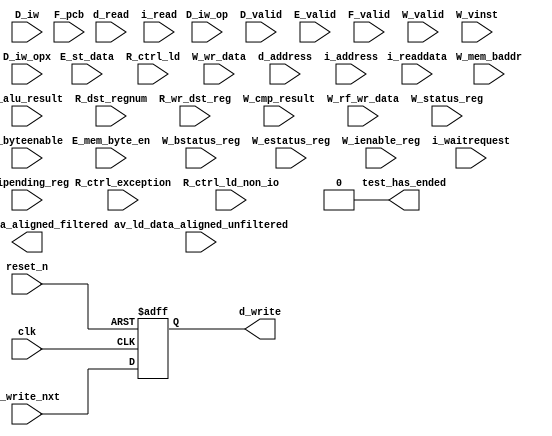
// (C) 2001-2014 Altera Corporation. All rights reserved.
// Your use of Altera Corporation's design tools, logic functions and other 
// software and tools, and its AMPP partner logic functions, and any output 
// files any of the foregoing (including device programming or simulation 
// files), and any associated documentation or information are expressly subject 
// to the terms and conditions of the Altera Program License Subscription 
// Agreement, Altera MegaCore Function License Agreement, or other applicable 
// license agreement, including, without limitation, that your use is for the 
// sole purpose of programming logic devices manufactured by Altera and sold by 
// Altera or its authorized distributors.  Please refer to the applicable 
// agreement for further details.


//Legal Notice: (C)2012 Altera Corporation. All rights reserved.  Your
//use of Altera Corporation's design tools, logic functions and other
//software and tools, and its AMPP partner logic functions, and any
//output files any of the foregoing (including device programming or
//simulation files), and any associated documentation or information are
//expressly subject to the terms and conditions of the Altera Program
//License Subscription Agreement or other applicable license agreement,
//including, without limitation, that your use is for the sole purpose
//of programming logic devices manufactured by Altera and sold by Altera
//or its authorized distributors.  Please refer to the applicable
//agreement for further details.

// synthesis translate_off
`timescale 1ns / 1ps
// synthesis translate_on

// turn off superfluous verilog processor warnings 
// altera message_level Level1 
// altera message_off 10034 10035 10036 10037 10230 10240 10030 

module altera_mem_if_sequencer_cpu_cv_synth_cpu_inst_test_bench (
                                                                  // inputs:
                                                                   D_iw,
                                                                   D_iw_op,
                                                                   D_iw_opx,
                                                                   D_valid,
                                                                   E_alu_result,
                                                                   E_mem_byte_en,
                                                                   E_st_data,
                                                                   E_valid,
                                                                   F_pcb,
                                                                   F_valid,
                                                                   R_ctrl_exception,
                                                                   R_ctrl_ld,
                                                                   R_ctrl_ld_non_io,
                                                                   R_dst_regnum,
                                                                   R_wr_dst_reg,
                                                                   W_bstatus_reg,
                                                                   W_cmp_result,
                                                                   W_estatus_reg,
                                                                   W_ienable_reg,
                                                                   W_ipending_reg,
                                                                   W_mem_baddr,
                                                                   W_rf_wr_data,
                                                                   W_status_reg,
                                                                   W_valid,
                                                                   W_vinst,
                                                                   W_wr_data,
                                                                   av_ld_data_aligned_unfiltered,
                                                                   clk,
                                                                   d_address,
                                                                   d_byteenable,
                                                                   d_read,
                                                                   d_write_nxt,
                                                                   i_address,
                                                                   i_read,
                                                                   i_readdata,
                                                                   i_waitrequest,
                                                                   reset_n,

                                                                  // outputs:
                                                                   av_ld_data_aligned_filtered,
                                                                   d_write,
                                                                   test_has_ended
                                                                )
;

  output  [ 31: 0] av_ld_data_aligned_filtered;
  output           d_write;
  output           test_has_ended;
  input   [ 31: 0] D_iw;
  input   [  5: 0] D_iw_op;
  input   [  5: 0] D_iw_opx;
  input            D_valid;
  input   [ 31: 0] E_alu_result;
  input   [  3: 0] E_mem_byte_en;
  input   [ 31: 0] E_st_data;
  input            E_valid;
  input   [ 16: 0] F_pcb;
  input            F_valid;
  input            R_ctrl_exception;
  input            R_ctrl_ld;
  input            R_ctrl_ld_non_io;
  input   [  4: 0] R_dst_regnum;
  input            R_wr_dst_reg;
  input            W_bstatus_reg;
  input            W_cmp_result;
  input            W_estatus_reg;
  input   [ 31: 0] W_ienable_reg;
  input   [ 31: 0] W_ipending_reg;
  input   [ 19: 0] W_mem_baddr;
  input   [ 31: 0] W_rf_wr_data;
  input            W_status_reg;
  input            W_valid;
  input   [ 55: 0] W_vinst;
  input   [ 31: 0] W_wr_data;
  input   [ 31: 0] av_ld_data_aligned_unfiltered;
  input            clk;
  input   [ 19: 0] d_address;
  input   [  3: 0] d_byteenable;
  input            d_read;
  input            d_write_nxt;
  input   [ 16: 0] i_address;
  input            i_read;
  input   [ 31: 0] i_readdata;
  input            i_waitrequest;
  input            reset_n;

  wire             D_op_add;
  wire             D_op_addi;
  wire             D_op_and;
  wire             D_op_andhi;
  wire             D_op_andi;
  wire             D_op_beq;
  wire             D_op_bge;
  wire             D_op_bgeu;
  wire             D_op_blt;
  wire             D_op_bltu;
  wire             D_op_bne;
  wire             D_op_br;
  wire             D_op_break;
  wire             D_op_bret;
  wire             D_op_call;
  wire             D_op_callr;
  wire             D_op_cmpeq;
  wire             D_op_cmpeqi;
  wire             D_op_cmpge;
  wire             D_op_cmpgei;
  wire             D_op_cmpgeu;
  wire             D_op_cmpgeui;
  wire             D_op_cmplt;
  wire             D_op_cmplti;
  wire             D_op_cmpltu;
  wire             D_op_cmpltui;
  wire             D_op_cmpne;
  wire             D_op_cmpnei;
  wire             D_op_crst;
  wire             D_op_custom;
  wire             D_op_div;
  wire             D_op_divu;
  wire             D_op_eret;
  wire             D_op_flushd;
  wire             D_op_flushda;
  wire             D_op_flushi;
  wire             D_op_flushp;
  wire             D_op_hbreak;
  wire             D_op_initd;
  wire             D_op_initda;
  wire             D_op_initi;
  wire             D_op_intr;
  wire             D_op_jmp;
  wire             D_op_jmpi;
  wire             D_op_ldb;
  wire             D_op_ldbio;
  wire             D_op_ldbu;
  wire             D_op_ldbuio;
  wire             D_op_ldh;
  wire             D_op_ldhio;
  wire             D_op_ldhu;
  wire             D_op_ldhuio;
  wire             D_op_ldl;
  wire             D_op_ldw;
  wire             D_op_ldwio;
  wire             D_op_mul;
  wire             D_op_muli;
  wire             D_op_mulxss;
  wire             D_op_mulxsu;
  wire             D_op_mulxuu;
  wire             D_op_nextpc;
  wire             D_op_nor;
  wire             D_op_opx;
  wire             D_op_or;
  wire             D_op_orhi;
  wire             D_op_ori;
  wire             D_op_rdctl;
  wire             D_op_rdprs;
  wire             D_op_ret;
  wire             D_op_rol;
  wire             D_op_roli;
  wire             D_op_ror;
  wire             D_op_rsv02;
  wire             D_op_rsv09;
  wire             D_op_rsv10;
  wire             D_op_rsv17;
  wire             D_op_rsv18;
  wire             D_op_rsv25;
  wire             D_op_rsv26;
  wire             D_op_rsv33;
  wire             D_op_rsv34;
  wire             D_op_rsv41;
  wire             D_op_rsv42;
  wire             D_op_rsv49;
  wire             D_op_rsv57;
  wire             D_op_rsv61;
  wire             D_op_rsv62;
  wire             D_op_rsv63;
  wire             D_op_rsvx00;
  wire             D_op_rsvx10;
  wire             D_op_rsvx15;
  wire             D_op_rsvx17;
  wire             D_op_rsvx21;
  wire             D_op_rsvx25;
  wire             D_op_rsvx33;
  wire             D_op_rsvx34;
  wire             D_op_rsvx35;
  wire             D_op_rsvx42;
  wire             D_op_rsvx43;
  wire             D_op_rsvx44;
  wire             D_op_rsvx47;
  wire             D_op_rsvx50;
  wire             D_op_rsvx51;
  wire             D_op_rsvx55;
  wire             D_op_rsvx56;
  wire             D_op_rsvx60;
  wire             D_op_rsvx63;
  wire             D_op_sll;
  wire             D_op_slli;
  wire             D_op_sra;
  wire             D_op_srai;
  wire             D_op_srl;
  wire             D_op_srli;
  wire             D_op_stb;
  wire             D_op_stbio;
  wire             D_op_stc;
  wire             D_op_sth;
  wire             D_op_sthio;
  wire             D_op_stw;
  wire             D_op_stwio;
  wire             D_op_sub;
  wire             D_op_sync;
  wire             D_op_trap;
  wire             D_op_wrctl;
  wire             D_op_wrprs;
  wire             D_op_xor;
  wire             D_op_xorhi;
  wire             D_op_xori;
  wire    [ 31: 0] av_ld_data_aligned_filtered;
  wire             av_ld_data_aligned_unfiltered_0_is_x;
  wire             av_ld_data_aligned_unfiltered_10_is_x;
  wire             av_ld_data_aligned_unfiltered_11_is_x;
  wire             av_ld_data_aligned_unfiltered_12_is_x;
  wire             av_ld_data_aligned_unfiltered_13_is_x;
  wire             av_ld_data_aligned_unfiltered_14_is_x;
  wire             av_ld_data_aligned_unfiltered_15_is_x;
  wire             av_ld_data_aligned_unfiltered_16_is_x;
  wire             av_ld_data_aligned_unfiltered_17_is_x;
  wire             av_ld_data_aligned_unfiltered_18_is_x;
  wire             av_ld_data_aligned_unfiltered_19_is_x;
  wire             av_ld_data_aligned_unfiltered_1_is_x;
  wire             av_ld_data_aligned_unfiltered_20_is_x;
  wire             av_ld_data_aligned_unfiltered_21_is_x;
  wire             av_ld_data_aligned_unfiltered_22_is_x;
  wire             av_ld_data_aligned_unfiltered_23_is_x;
  wire             av_ld_data_aligned_unfiltered_24_is_x;
  wire             av_ld_data_aligned_unfiltered_25_is_x;
  wire             av_ld_data_aligned_unfiltered_26_is_x;
  wire             av_ld_data_aligned_unfiltered_27_is_x;
  wire             av_ld_data_aligned_unfiltered_28_is_x;
  wire             av_ld_data_aligned_unfiltered_29_is_x;
  wire             av_ld_data_aligned_unfiltered_2_is_x;
  wire             av_ld_data_aligned_unfiltered_30_is_x;
  wire             av_ld_data_aligned_unfiltered_31_is_x;
  wire             av_ld_data_aligned_unfiltered_3_is_x;
  wire             av_ld_data_aligned_unfiltered_4_is_x;
  wire             av_ld_data_aligned_unfiltered_5_is_x;
  wire             av_ld_data_aligned_unfiltered_6_is_x;
  wire             av_ld_data_aligned_unfiltered_7_is_x;
  wire             av_ld_data_aligned_unfiltered_8_is_x;
  wire             av_ld_data_aligned_unfiltered_9_is_x;
  reg              d_write;
  wire             test_has_ended;
  assign D_op_call = D_iw_op == 0;
  assign D_op_jmpi = D_iw_op == 1;
  assign D_op_ldbu = D_iw_op == 3;
  assign D_op_addi = D_iw_op == 4;
  assign D_op_stb = D_iw_op == 5;
  assign D_op_br = D_iw_op == 6;
  assign D_op_ldb = D_iw_op == 7;
  assign D_op_cmpgei = D_iw_op == 8;
  assign D_op_ldhu = D_iw_op == 11;
  assign D_op_andi = D_iw_op == 12;
  assign D_op_sth = D_iw_op == 13;
  assign D_op_bge = D_iw_op == 14;
  assign D_op_ldh = D_iw_op == 15;
  assign D_op_cmplti = D_iw_op == 16;
  assign D_op_initda = D_iw_op == 19;
  assign D_op_ori = D_iw_op == 20;
  assign D_op_stw = D_iw_op == 21;
  assign D_op_blt = D_iw_op == 22;
  assign D_op_ldw = D_iw_op == 23;
  assign D_op_cmpnei = D_iw_op == 24;
  assign D_op_flushda = D_iw_op == 27;
  assign D_op_xori = D_iw_op == 28;
  assign D_op_stc = D_iw_op == 29;
  assign D_op_bne = D_iw_op == 30;
  assign D_op_ldl = D_iw_op == 31;
  assign D_op_cmpeqi = D_iw_op == 32;
  assign D_op_ldbuio = D_iw_op == 35;
  assign D_op_muli = D_iw_op == 36;
  assign D_op_stbio = D_iw_op == 37;
  assign D_op_beq = D_iw_op == 38;
  assign D_op_ldbio = D_iw_op == 39;
  assign D_op_cmpgeui = D_iw_op == 40;
  assign D_op_ldhuio = D_iw_op == 43;
  assign D_op_andhi = D_iw_op == 44;
  assign D_op_sthio = D_iw_op == 45;
  assign D_op_bgeu = D_iw_op == 46;
  assign D_op_ldhio = D_iw_op == 47;
  assign D_op_cmpltui = D_iw_op == 48;
  assign D_op_initd = D_iw_op == 51;
  assign D_op_orhi = D_iw_op == 52;
  assign D_op_stwio = D_iw_op == 53;
  assign D_op_bltu = D_iw_op == 54;
  assign D_op_ldwio = D_iw_op == 55;
  assign D_op_rdprs = D_iw_op == 56;
  assign D_op_flushd = D_iw_op == 59;
  assign D_op_xorhi = D_iw_op == 60;
  assign D_op_rsv02 = D_iw_op == 2;
  assign D_op_rsv09 = D_iw_op == 9;
  assign D_op_rsv10 = D_iw_op == 10;
  assign D_op_rsv17 = D_iw_op == 17;
  assign D_op_rsv18 = D_iw_op == 18;
  assign D_op_rsv25 = D_iw_op == 25;
  assign D_op_rsv26 = D_iw_op == 26;
  assign D_op_rsv33 = D_iw_op == 33;
  assign D_op_rsv34 = D_iw_op == 34;
  assign D_op_rsv41 = D_iw_op == 41;
  assign D_op_rsv42 = D_iw_op == 42;
  assign D_op_rsv49 = D_iw_op == 49;
  assign D_op_rsv57 = D_iw_op == 57;
  assign D_op_rsv61 = D_iw_op == 61;
  assign D_op_rsv62 = D_iw_op == 62;
  assign D_op_rsv63 = D_iw_op == 63;
  assign D_op_eret = D_op_opx & (D_iw_opx == 1);
  assign D_op_roli = D_op_opx & (D_iw_opx == 2);
  assign D_op_rol = D_op_opx & (D_iw_opx == 3);
  assign D_op_flushp = D_op_opx & (D_iw_opx == 4);
  assign D_op_ret = D_op_opx & (D_iw_opx == 5);
  assign D_op_nor = D_op_opx & (D_iw_opx == 6);
  assign D_op_mulxuu = D_op_opx & (D_iw_opx == 7);
  assign D_op_cmpge = D_op_opx & (D_iw_opx == 8);
  assign D_op_bret = D_op_opx & (D_iw_opx == 9);
  assign D_op_ror = D_op_opx & (D_iw_opx == 11);
  assign D_op_flushi = D_op_opx & (D_iw_opx == 12);
  assign D_op_jmp = D_op_opx & (D_iw_opx == 13);
  assign D_op_and = D_op_opx & (D_iw_opx == 14);
  assign D_op_cmplt = D_op_opx & (D_iw_opx == 16);
  assign D_op_slli = D_op_opx & (D_iw_opx == 18);
  assign D_op_sll = D_op_opx & (D_iw_opx == 19);
  assign D_op_wrprs = D_op_opx & (D_iw_opx == 20);
  assign D_op_or = D_op_opx & (D_iw_opx == 22);
  assign D_op_mulxsu = D_op_opx & (D_iw_opx == 23);
  assign D_op_cmpne = D_op_opx & (D_iw_opx == 24);
  assign D_op_srli = D_op_opx & (D_iw_opx == 26);
  assign D_op_srl = D_op_opx & (D_iw_opx == 27);
  assign D_op_nextpc = D_op_opx & (D_iw_opx == 28);
  assign D_op_callr = D_op_opx & (D_iw_opx == 29);
  assign D_op_xor = D_op_opx & (D_iw_opx == 30);
  assign D_op_mulxss = D_op_opx & (D_iw_opx == 31);
  assign D_op_cmpeq = D_op_opx & (D_iw_opx == 32);
  assign D_op_divu = D_op_opx & (D_iw_opx == 36);
  assign D_op_div = D_op_opx & (D_iw_opx == 37);
  assign D_op_rdctl = D_op_opx & (D_iw_opx == 38);
  assign D_op_mul = D_op_opx & (D_iw_opx == 39);
  assign D_op_cmpgeu = D_op_opx & (D_iw_opx == 40);
  assign D_op_initi = D_op_opx & (D_iw_opx == 41);
  assign D_op_trap = D_op_opx & (D_iw_opx == 45);
  assign D_op_wrctl = D_op_opx & (D_iw_opx == 46);
  assign D_op_cmpltu = D_op_opx & (D_iw_opx == 48);
  assign D_op_add = D_op_opx & (D_iw_opx == 49);
  assign D_op_break = D_op_opx & (D_iw_opx == 52);
  assign D_op_hbreak = D_op_opx & (D_iw_opx == 53);
  assign D_op_sync = D_op_opx & (D_iw_opx == 54);
  assign D_op_sub = D_op_opx & (D_iw_opx == 57);
  assign D_op_srai = D_op_opx & (D_iw_opx == 58);
  assign D_op_sra = D_op_opx & (D_iw_opx == 59);
  assign D_op_intr = D_op_opx & (D_iw_opx == 61);
  assign D_op_crst = D_op_opx & (D_iw_opx == 62);
  assign D_op_rsvx00 = D_op_opx & (D_iw_opx == 0);
  assign D_op_rsvx10 = D_op_opx & (D_iw_opx == 10);
  assign D_op_rsvx15 = D_op_opx & (D_iw_opx == 15);
  assign D_op_rsvx17 = D_op_opx & (D_iw_opx == 17);
  assign D_op_rsvx21 = D_op_opx & (D_iw_opx == 21);
  assign D_op_rsvx25 = D_op_opx & (D_iw_opx == 25);
  assign D_op_rsvx33 = D_op_opx & (D_iw_opx == 33);
  assign D_op_rsvx34 = D_op_opx & (D_iw_opx == 34);
  assign D_op_rsvx35 = D_op_opx & (D_iw_opx == 35);
  assign D_op_rsvx42 = D_op_opx & (D_iw_opx == 42);
  assign D_op_rsvx43 = D_op_opx & (D_iw_opx == 43);
  assign D_op_rsvx44 = D_op_opx & (D_iw_opx == 44);
  assign D_op_rsvx47 = D_op_opx & (D_iw_opx == 47);
  assign D_op_rsvx50 = D_op_opx & (D_iw_opx == 50);
  assign D_op_rsvx51 = D_op_opx & (D_iw_opx == 51);
  assign D_op_rsvx55 = D_op_opx & (D_iw_opx == 55);
  assign D_op_rsvx56 = D_op_opx & (D_iw_opx == 56);
  assign D_op_rsvx60 = D_op_opx & (D_iw_opx == 60);
  assign D_op_rsvx63 = D_op_opx & (D_iw_opx == 63);
  assign D_op_opx = D_iw_op == 58;
  assign D_op_custom = D_iw_op == 50;
  always @(posedge clk or negedge reset_n)
    begin
      if (reset_n == 0)
          d_write <= 0;
      else 
        d_write <= d_write_nxt;
    end


  assign test_has_ended = 1'b0;

//synthesis translate_off
//////////////// SIMULATION-ONLY CONTENTS
  //Clearing 'X' data bits
  assign av_ld_data_aligned_unfiltered_0_is_x = ^(av_ld_data_aligned_unfiltered[0]) === 1'bx;

  assign av_ld_data_aligned_filtered[0] = (av_ld_data_aligned_unfiltered_0_is_x & (R_ctrl_ld_non_io)) ? 1'b0 : av_ld_data_aligned_unfiltered[0];
  assign av_ld_data_aligned_unfiltered_1_is_x = ^(av_ld_data_aligned_unfiltered[1]) === 1'bx;
  assign av_ld_data_aligned_filtered[1] = (av_ld_data_aligned_unfiltered_1_is_x & (R_ctrl_ld_non_io)) ? 1'b0 : av_ld_data_aligned_unfiltered[1];
  assign av_ld_data_aligned_unfiltered_2_is_x = ^(av_ld_data_aligned_unfiltered[2]) === 1'bx;
  assign av_ld_data_aligned_filtered[2] = (av_ld_data_aligned_unfiltered_2_is_x & (R_ctrl_ld_non_io)) ? 1'b0 : av_ld_data_aligned_unfiltered[2];
  assign av_ld_data_aligned_unfiltered_3_is_x = ^(av_ld_data_aligned_unfiltered[3]) === 1'bx;
  assign av_ld_data_aligned_filtered[3] = (av_ld_data_aligned_unfiltered_3_is_x & (R_ctrl_ld_non_io)) ? 1'b0 : av_ld_data_aligned_unfiltered[3];
  assign av_ld_data_aligned_unfiltered_4_is_x = ^(av_ld_data_aligned_unfiltered[4]) === 1'bx;
  assign av_ld_data_aligned_filtered[4] = (av_ld_data_aligned_unfiltered_4_is_x & (R_ctrl_ld_non_io)) ? 1'b0 : av_ld_data_aligned_unfiltered[4];
  assign av_ld_data_aligned_unfiltered_5_is_x = ^(av_ld_data_aligned_unfiltered[5]) === 1'bx;
  assign av_ld_data_aligned_filtered[5] = (av_ld_data_aligned_unfiltered_5_is_x & (R_ctrl_ld_non_io)) ? 1'b0 : av_ld_data_aligned_unfiltered[5];
  assign av_ld_data_aligned_unfiltered_6_is_x = ^(av_ld_data_aligned_unfiltered[6]) === 1'bx;
  assign av_ld_data_aligned_filtered[6] = (av_ld_data_aligned_unfiltered_6_is_x & (R_ctrl_ld_non_io)) ? 1'b0 : av_ld_data_aligned_unfiltered[6];
  assign av_ld_data_aligned_unfiltered_7_is_x = ^(av_ld_data_aligned_unfiltered[7]) === 1'bx;
  assign av_ld_data_aligned_filtered[7] = (av_ld_data_aligned_unfiltered_7_is_x & (R_ctrl_ld_non_io)) ? 1'b0 : av_ld_data_aligned_unfiltered[7];
  assign av_ld_data_aligned_unfiltered_8_is_x = ^(av_ld_data_aligned_unfiltered[8]) === 1'bx;
  assign av_ld_data_aligned_filtered[8] = (av_ld_data_aligned_unfiltered_8_is_x & (R_ctrl_ld_non_io)) ? 1'b0 : av_ld_data_aligned_unfiltered[8];
  assign av_ld_data_aligned_unfiltered_9_is_x = ^(av_ld_data_aligned_unfiltered[9]) === 1'bx;
  assign av_ld_data_aligned_filtered[9] = (av_ld_data_aligned_unfiltered_9_is_x & (R_ctrl_ld_non_io)) ? 1'b0 : av_ld_data_aligned_unfiltered[9];
  assign av_ld_data_aligned_unfiltered_10_is_x = ^(av_ld_data_aligned_unfiltered[10]) === 1'bx;
  assign av_ld_data_aligned_filtered[10] = (av_ld_data_aligned_unfiltered_10_is_x & (R_ctrl_ld_non_io)) ? 1'b0 : av_ld_data_aligned_unfiltered[10];
  assign av_ld_data_aligned_unfiltered_11_is_x = ^(av_ld_data_aligned_unfiltered[11]) === 1'bx;
  assign av_ld_data_aligned_filtered[11] = (av_ld_data_aligned_unfiltered_11_is_x & (R_ctrl_ld_non_io)) ? 1'b0 : av_ld_data_aligned_unfiltered[11];
  assign av_ld_data_aligned_unfiltered_12_is_x = ^(av_ld_data_aligned_unfiltered[12]) === 1'bx;
  assign av_ld_data_aligned_filtered[12] = (av_ld_data_aligned_unfiltered_12_is_x & (R_ctrl_ld_non_io)) ? 1'b0 : av_ld_data_aligned_unfiltered[12];
  assign av_ld_data_aligned_unfiltered_13_is_x = ^(av_ld_data_aligned_unfiltered[13]) === 1'bx;
  assign av_ld_data_aligned_filtered[13] = (av_ld_data_aligned_unfiltered_13_is_x & (R_ctrl_ld_non_io)) ? 1'b0 : av_ld_data_aligned_unfiltered[13];
  assign av_ld_data_aligned_unfiltered_14_is_x = ^(av_ld_data_aligned_unfiltered[14]) === 1'bx;
  assign av_ld_data_aligned_filtered[14] = (av_ld_data_aligned_unfiltered_14_is_x & (R_ctrl_ld_non_io)) ? 1'b0 : av_ld_data_aligned_unfiltered[14];
  assign av_ld_data_aligned_unfiltered_15_is_x = ^(av_ld_data_aligned_unfiltered[15]) === 1'bx;
  assign av_ld_data_aligned_filtered[15] = (av_ld_data_aligned_unfiltered_15_is_x & (R_ctrl_ld_non_io)) ? 1'b0 : av_ld_data_aligned_unfiltered[15];
  assign av_ld_data_aligned_unfiltered_16_is_x = ^(av_ld_data_aligned_unfiltered[16]) === 1'bx;
  assign av_ld_data_aligned_filtered[16] = (av_ld_data_aligned_unfiltered_16_is_x & (R_ctrl_ld_non_io)) ? 1'b0 : av_ld_data_aligned_unfiltered[16];
  assign av_ld_data_aligned_unfiltered_17_is_x = ^(av_ld_data_aligned_unfiltered[17]) === 1'bx;
  assign av_ld_data_aligned_filtered[17] = (av_ld_data_aligned_unfiltered_17_is_x & (R_ctrl_ld_non_io)) ? 1'b0 : av_ld_data_aligned_unfiltered[17];
  assign av_ld_data_aligned_unfiltered_18_is_x = ^(av_ld_data_aligned_unfiltered[18]) === 1'bx;
  assign av_ld_data_aligned_filtered[18] = (av_ld_data_aligned_unfiltered_18_is_x & (R_ctrl_ld_non_io)) ? 1'b0 : av_ld_data_aligned_unfiltered[18];
  assign av_ld_data_aligned_unfiltered_19_is_x = ^(av_ld_data_aligned_unfiltered[19]) === 1'bx;
  assign av_ld_data_aligned_filtered[19] = (av_ld_data_aligned_unfiltered_19_is_x & (R_ctrl_ld_non_io)) ? 1'b0 : av_ld_data_aligned_unfiltered[19];
  assign av_ld_data_aligned_unfiltered_20_is_x = ^(av_ld_data_aligned_unfiltered[20]) === 1'bx;
  assign av_ld_data_aligned_filtered[20] = (av_ld_data_aligned_unfiltered_20_is_x & (R_ctrl_ld_non_io)) ? 1'b0 : av_ld_data_aligned_unfiltered[20];
  assign av_ld_data_aligned_unfiltered_21_is_x = ^(av_ld_data_aligned_unfiltered[21]) === 1'bx;
  assign av_ld_data_aligned_filtered[21] = (av_ld_data_aligned_unfiltered_21_is_x & (R_ctrl_ld_non_io)) ? 1'b0 : av_ld_data_aligned_unfiltered[21];
  assign av_ld_data_aligned_unfiltered_22_is_x = ^(av_ld_data_aligned_unfiltered[22]) === 1'bx;
  assign av_ld_data_aligned_filtered[22] = (av_ld_data_aligned_unfiltered_22_is_x & (R_ctrl_ld_non_io)) ? 1'b0 : av_ld_data_aligned_unfiltered[22];
  assign av_ld_data_aligned_unfiltered_23_is_x = ^(av_ld_data_aligned_unfiltered[23]) === 1'bx;
  assign av_ld_data_aligned_filtered[23] = (av_ld_data_aligned_unfiltered_23_is_x & (R_ctrl_ld_non_io)) ? 1'b0 : av_ld_data_aligned_unfiltered[23];
  assign av_ld_data_aligned_unfiltered_24_is_x = ^(av_ld_data_aligned_unfiltered[24]) === 1'bx;
  assign av_ld_data_aligned_filtered[24] = (av_ld_data_aligned_unfiltered_24_is_x & (R_ctrl_ld_non_io)) ? 1'b0 : av_ld_data_aligned_unfiltered[24];
  assign av_ld_data_aligned_unfiltered_25_is_x = ^(av_ld_data_aligned_unfiltered[25]) === 1'bx;
  assign av_ld_data_aligned_filtered[25] = (av_ld_data_aligned_unfiltered_25_is_x & (R_ctrl_ld_non_io)) ? 1'b0 : av_ld_data_aligned_unfiltered[25];
  assign av_ld_data_aligned_unfiltered_26_is_x = ^(av_ld_data_aligned_unfiltered[26]) === 1'bx;
  assign av_ld_data_aligned_filtered[26] = (av_ld_data_aligned_unfiltered_26_is_x & (R_ctrl_ld_non_io)) ? 1'b0 : av_ld_data_aligned_unfiltered[26];
  assign av_ld_data_aligned_unfiltered_27_is_x = ^(av_ld_data_aligned_unfiltered[27]) === 1'bx;
  assign av_ld_data_aligned_filtered[27] = (av_ld_data_aligned_unfiltered_27_is_x & (R_ctrl_ld_non_io)) ? 1'b0 : av_ld_data_aligned_unfiltered[27];
  assign av_ld_data_aligned_unfiltered_28_is_x = ^(av_ld_data_aligned_unfiltered[28]) === 1'bx;
  assign av_ld_data_aligned_filtered[28] = (av_ld_data_aligned_unfiltered_28_is_x & (R_ctrl_ld_non_io)) ? 1'b0 : av_ld_data_aligned_unfiltered[28];
  assign av_ld_data_aligned_unfiltered_29_is_x = ^(av_ld_data_aligned_unfiltered[29]) === 1'bx;
  assign av_ld_data_aligned_filtered[29] = (av_ld_data_aligned_unfiltered_29_is_x & (R_ctrl_ld_non_io)) ? 1'b0 : av_ld_data_aligned_unfiltered[29];
  assign av_ld_data_aligned_unfiltered_30_is_x = ^(av_ld_data_aligned_unfiltered[30]) === 1'bx;
  assign av_ld_data_aligned_filtered[30] = (av_ld_data_aligned_unfiltered_30_is_x & (R_ctrl_ld_non_io)) ? 1'b0 : av_ld_data_aligned_unfiltered[30];
  assign av_ld_data_aligned_unfiltered_31_is_x = ^(av_ld_data_aligned_unfiltered[31]) === 1'bx;
  assign av_ld_data_aligned_filtered[31] = (av_ld_data_aligned_unfiltered_31_is_x & (R_ctrl_ld_non_io)) ? 1'b0 : av_ld_data_aligned_unfiltered[31];
  always @(posedge clk)
    begin
      if (reset_n)
          if (^(F_valid) === 1'bx)
            begin
              $write("%0d ns: ERROR: altera_mem_if_sequencer_cpu_cv_synth_cpu_inst_test_bench/F_valid is 'x'\n", $time);
              $stop;
            end
    end


  always @(posedge clk)
    begin
      if (reset_n)
          if (^(D_valid) === 1'bx)
            begin
              $write("%0d ns: ERROR: altera_mem_if_sequencer_cpu_cv_synth_cpu_inst_test_bench/D_valid is 'x'\n", $time);
              $stop;
            end
    end


  always @(posedge clk)
    begin
      if (reset_n)
          if (^(E_valid) === 1'bx)
            begin
              $write("%0d ns: ERROR: altera_mem_if_sequencer_cpu_cv_synth_cpu_inst_test_bench/E_valid is 'x'\n", $time);
              $stop;
            end
    end


  always @(posedge clk)
    begin
      if (reset_n)
          if (^(W_valid) === 1'bx)
            begin
              $write("%0d ns: ERROR: altera_mem_if_sequencer_cpu_cv_synth_cpu_inst_test_bench/W_valid is 'x'\n", $time);
              $stop;
            end
    end


  always @(posedge clk or negedge reset_n)
    begin
      if (reset_n == 0)
        begin
        end
      else if (W_valid)
          if (^(R_wr_dst_reg) === 1'bx)
            begin
              $write("%0d ns: ERROR: altera_mem_if_sequencer_cpu_cv_synth_cpu_inst_test_bench/R_wr_dst_reg is 'x'\n", $time);
              $stop;
            end
    end


  always @(posedge clk or negedge reset_n)
    begin
      if (reset_n == 0)
        begin
        end
      else if (W_valid & R_wr_dst_reg)
          if (^(W_wr_data) === 1'bx)
            begin
              $write("%0d ns: ERROR: altera_mem_if_sequencer_cpu_cv_synth_cpu_inst_test_bench/W_wr_data is 'x'\n", $time);
              $stop;
            end
    end


  always @(posedge clk or negedge reset_n)
    begin
      if (reset_n == 0)
        begin
        end
      else if (W_valid & R_wr_dst_reg)
          if (^(R_dst_regnum) === 1'bx)
            begin
              $write("%0d ns: ERROR: altera_mem_if_sequencer_cpu_cv_synth_cpu_inst_test_bench/R_dst_regnum is 'x'\n", $time);
              $stop;
            end
    end


  always @(posedge clk)
    begin
      if (reset_n)
          if (^(d_write) === 1'bx)
            begin
              $write("%0d ns: ERROR: altera_mem_if_sequencer_cpu_cv_synth_cpu_inst_test_bench/d_write is 'x'\n", $time);
              $stop;
            end
    end


  always @(posedge clk or negedge reset_n)
    begin
      if (reset_n == 0)
        begin
        end
      else if (d_write)
          if (^(d_byteenable) === 1'bx)
            begin
              $write("%0d ns: ERROR: altera_mem_if_sequencer_cpu_cv_synth_cpu_inst_test_bench/d_byteenable is 'x'\n", $time);
              $stop;
            end
    end


  always @(posedge clk or negedge reset_n)
    begin
      if (reset_n == 0)
        begin
        end
      else if (d_write | d_read)
          if (^(d_address) === 1'bx)
            begin
              $write("%0d ns: ERROR: altera_mem_if_sequencer_cpu_cv_synth_cpu_inst_test_bench/d_address is 'x'\n", $time);
              $stop;
            end
    end


  always @(posedge clk)
    begin
      if (reset_n)
          if (^(d_read) === 1'bx)
            begin
              $write("%0d ns: ERROR: altera_mem_if_sequencer_cpu_cv_synth_cpu_inst_test_bench/d_read is 'x'\n", $time);
              $stop;
            end
    end


  always @(posedge clk)
    begin
      if (reset_n)
          if (^(i_read) === 1'bx)
            begin
              $write("%0d ns: ERROR: altera_mem_if_sequencer_cpu_cv_synth_cpu_inst_test_bench/i_read is 'x'\n", $time);
              $stop;
            end
    end


  always @(posedge clk or negedge reset_n)
    begin
      if (reset_n == 0)
        begin
        end
      else if (i_read)
          if (^(i_address) === 1'bx)
            begin
              $write("%0d ns: ERROR: altera_mem_if_sequencer_cpu_cv_synth_cpu_inst_test_bench/i_address is 'x'\n", $time);
              $stop;
            end
    end


  always @(posedge clk or negedge reset_n)
    begin
      if (reset_n == 0)
        begin
        end
      else if (i_read & ~i_waitrequest)
          if (^(i_readdata) === 1'bx)
            begin
              $write("%0d ns: ERROR: altera_mem_if_sequencer_cpu_cv_synth_cpu_inst_test_bench/i_readdata is 'x'\n", $time);
              $stop;
            end
    end


  always @(posedge clk or negedge reset_n)
    begin
      if (reset_n == 0)
        begin
        end
      else if (W_valid & R_ctrl_ld)
          if (^(av_ld_data_aligned_unfiltered) === 1'bx)
            begin
              $write("%0d ns: WARNING: altera_mem_if_sequencer_cpu_cv_synth_cpu_inst_test_bench/av_ld_data_aligned_unfiltered is 'x'\n", $time);
            end
    end


  always @(posedge clk or negedge reset_n)
    begin
      if (reset_n == 0)
        begin
        end
      else if (W_valid & R_wr_dst_reg)
          if (^(W_wr_data) === 1'bx)
            begin
              $write("%0d ns: WARNING: altera_mem_if_sequencer_cpu_cv_synth_cpu_inst_test_bench/W_wr_data is 'x'\n", $time);
            end
    end


  
  reg [31:0] trace_handle; // for $fopen
  initial  
  begin
    trace_handle = $fopen("altera_mem_if_sequencer_cpu_cv_synth_cpu_inst.tr");
    $fwrite(trace_handle, "version 3\nnumThreads 1\n");
  end
  always @(posedge clk)
    begin
      if ((~reset_n || (W_valid)) && ~test_has_ended)
          $fwrite(trace_handle, "%0d ns: %0h,%0h,%0h,%0h,%0h,%0h,%0h,%0h,%0h,%0h,%0h,%0h,%0h,%0h,%0h,%0h,%0h,%0h,%0h,%0h,%0h,%0h,%0h,%0h,%0h,%0h,%0h,%0h,%0h,%0h,%0h,%0h,%0h,%0h,%0h,%0h\n", $time, ~reset_n, F_pcb, 0, D_op_intr, D_op_hbreak, D_iw, ~(D_op_intr | D_op_hbreak), R_wr_dst_reg, R_dst_regnum, 0, W_rf_wr_data, W_mem_baddr, E_st_data, E_mem_byte_en, W_cmp_result, E_alu_result, W_status_reg, W_estatus_reg, W_bstatus_reg, W_ienable_reg, W_ipending_reg, 0, 0, 0, 0, 0, 0, 0, 0, 0, 0, R_ctrl_exception, 0, 0, 0, 0);
    end



//////////////// END SIMULATION-ONLY CONTENTS

//synthesis translate_on
//synthesis read_comments_as_HDL on
//  
//  assign av_ld_data_aligned_filtered = av_ld_data_aligned_unfiltered;
//
//synthesis read_comments_as_HDL off

endmodule